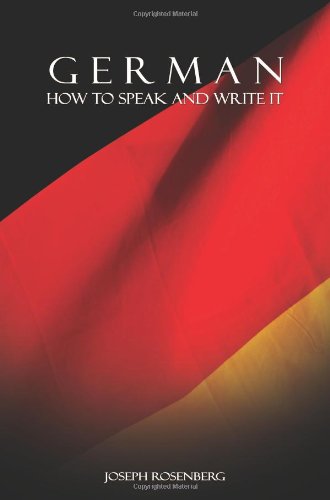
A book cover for German: How to Speak and Write It (Beginners' Guides); Joseph Rosenberg; Reference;